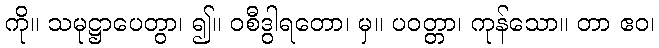
ကို။ သမုဋ္ဌာပေတွာ၊ ၍။ ဝစီဒွါရတော၊ မှ။ ပဝတ္တာ၊ ကုန်သော။ တာ ဧဝ၊